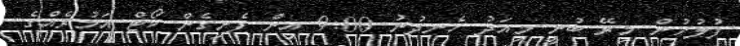
ފުލުހުން މިރޭ ބުނީ މިއަދު ހެނދުނު 9:00 އިން ފެށިގެން ކޯޓް އަމުރެއްގެ